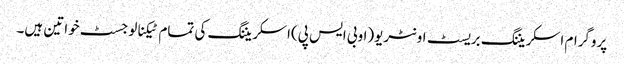
پروگرام اسکریننگ بریسٹ اونٹریو(اوبی ایس پی)اسکریننگ کی تمام ٹیکنالوجسٹ خواتین ہیں۔